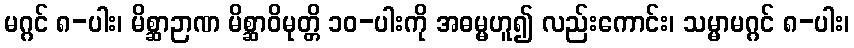
မဂ္ဂင် ၈-ပါး၊ မိစ္ဆာဉာဏ မိစ္ဆာဝိမုတ္တိ ၁၀-ပါးကို အဓမ္မဟူ၍ လည်းကောင်း၊ သမ္မာမဂ္ဂင် ၈-ပါး၊